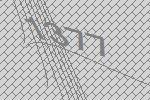
1377